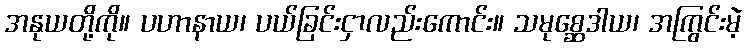
အနုယတို့ကို။ ပဟာနာယ၊ ပယ်ခြင်းငှာလည်းကောင်း။ သမုစ္ဆေဒါယ၊ အကြွင်းမဲ့